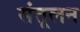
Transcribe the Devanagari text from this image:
संतूलन